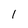
Character: 1